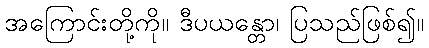
အကြောင်းတို့ကို။ ဒီပယန္တော၊ ပြသည်ဖြစ်၍။